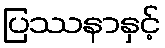
ပြဿနာနှင့်